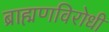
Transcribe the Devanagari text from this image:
ब्राह्मणविरोधी